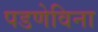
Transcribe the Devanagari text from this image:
पडणेविना